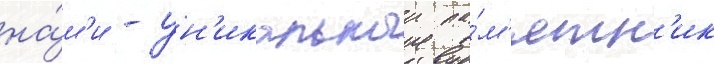
на́м'и - ун'икальныи па́м'ятн'ик